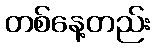
တစ်နေ့တည်း